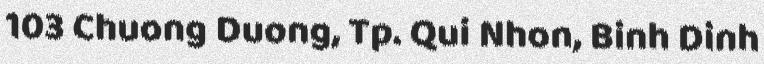
103 Chuong Duong, Tp. Qui Nhon, Binh Dinh